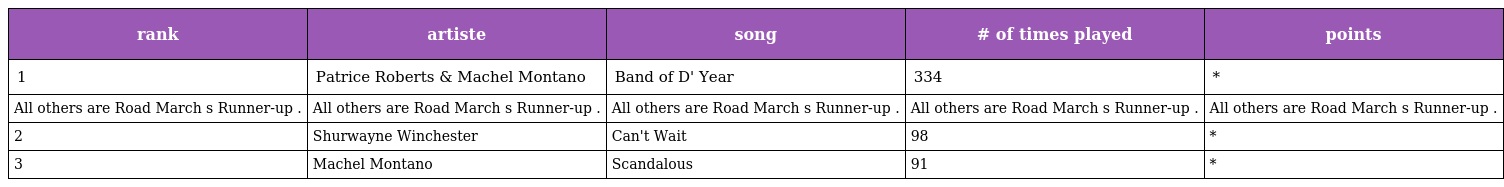
| rank | artiste | song | # of times played | points |
 | --- | --- | --- | --- | --- |
 | 1 | Patrice Roberts & Machel Montano | Band of D' Year | 334 | * |
 | All others are Road March s Runner-up . | All others are Road March s Runner-up . | All others are Road March s Runner-up . | All others are Road March s Runner-up . | All others are Road March s Runner-up . |
 | 2 | Shurwayne Winchester | Can't Wait | 98 | * |
 | 3 | Machel Montano | Scandalous | 91 | * |